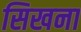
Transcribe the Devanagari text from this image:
सिखना